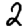
Digit: 2